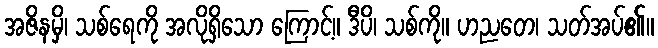
အဇိနမှိ၊ သစ်ရေကို အလိုရှိသော ကြောင့်။ ဒီပိ၊ သစ်ကို။ ဟညတေ၊ သတ်အပ်၏။